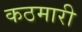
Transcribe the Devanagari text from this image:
कठमारी